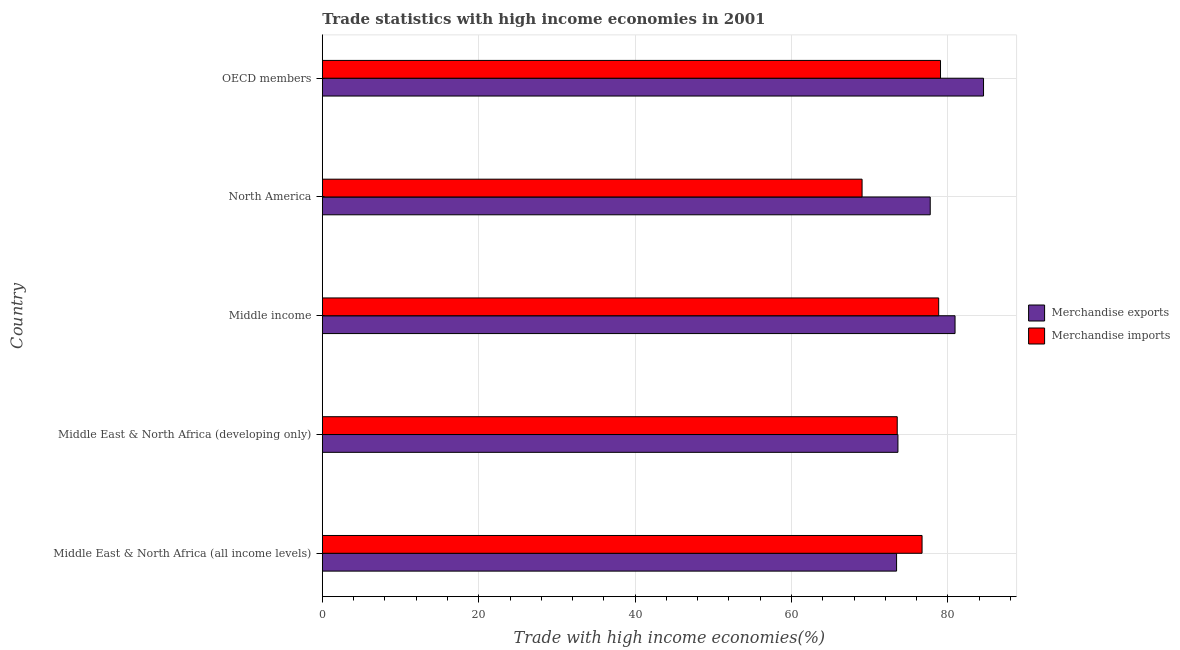
| Country | Merchandise exports | Merchandise imports |
 | --- | --- | --- |
 | Middle East & North Africa (all income levels) | 73.4 | 76.7 |
 | Middle East & North Africa (developing only) | 73.6 | 73.5 |
 | Middle income | 80.9 | 78.8 |
 | North America | 77.7 | 69 |
 | OECD members | 84.5 | 79 |